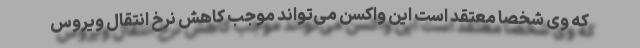
که وی شخصا معتقد است این واکسن می‌تواند موجب کاهش نرخ انتقال ویروس